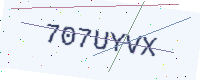
Text: 707UYVX